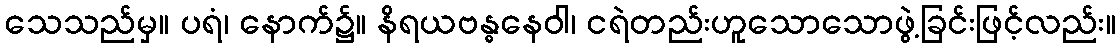
သေသည်မှ။ ပရံ၊ နောက်၌။ နိရယဗန္ဓနေဝါ၊ ငရဲတည်းဟူသောသောဖွဲ့ခြင်းဖြင့်လည်း။